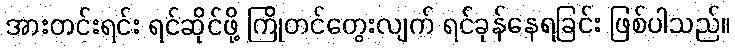
အားတင်းရင်း ရင်ဆိုင်ဖို့ ကြိုတင်တွေးလျက် ရင်ခုန်နေရခြင်း ဖြစ်ပါသည်။